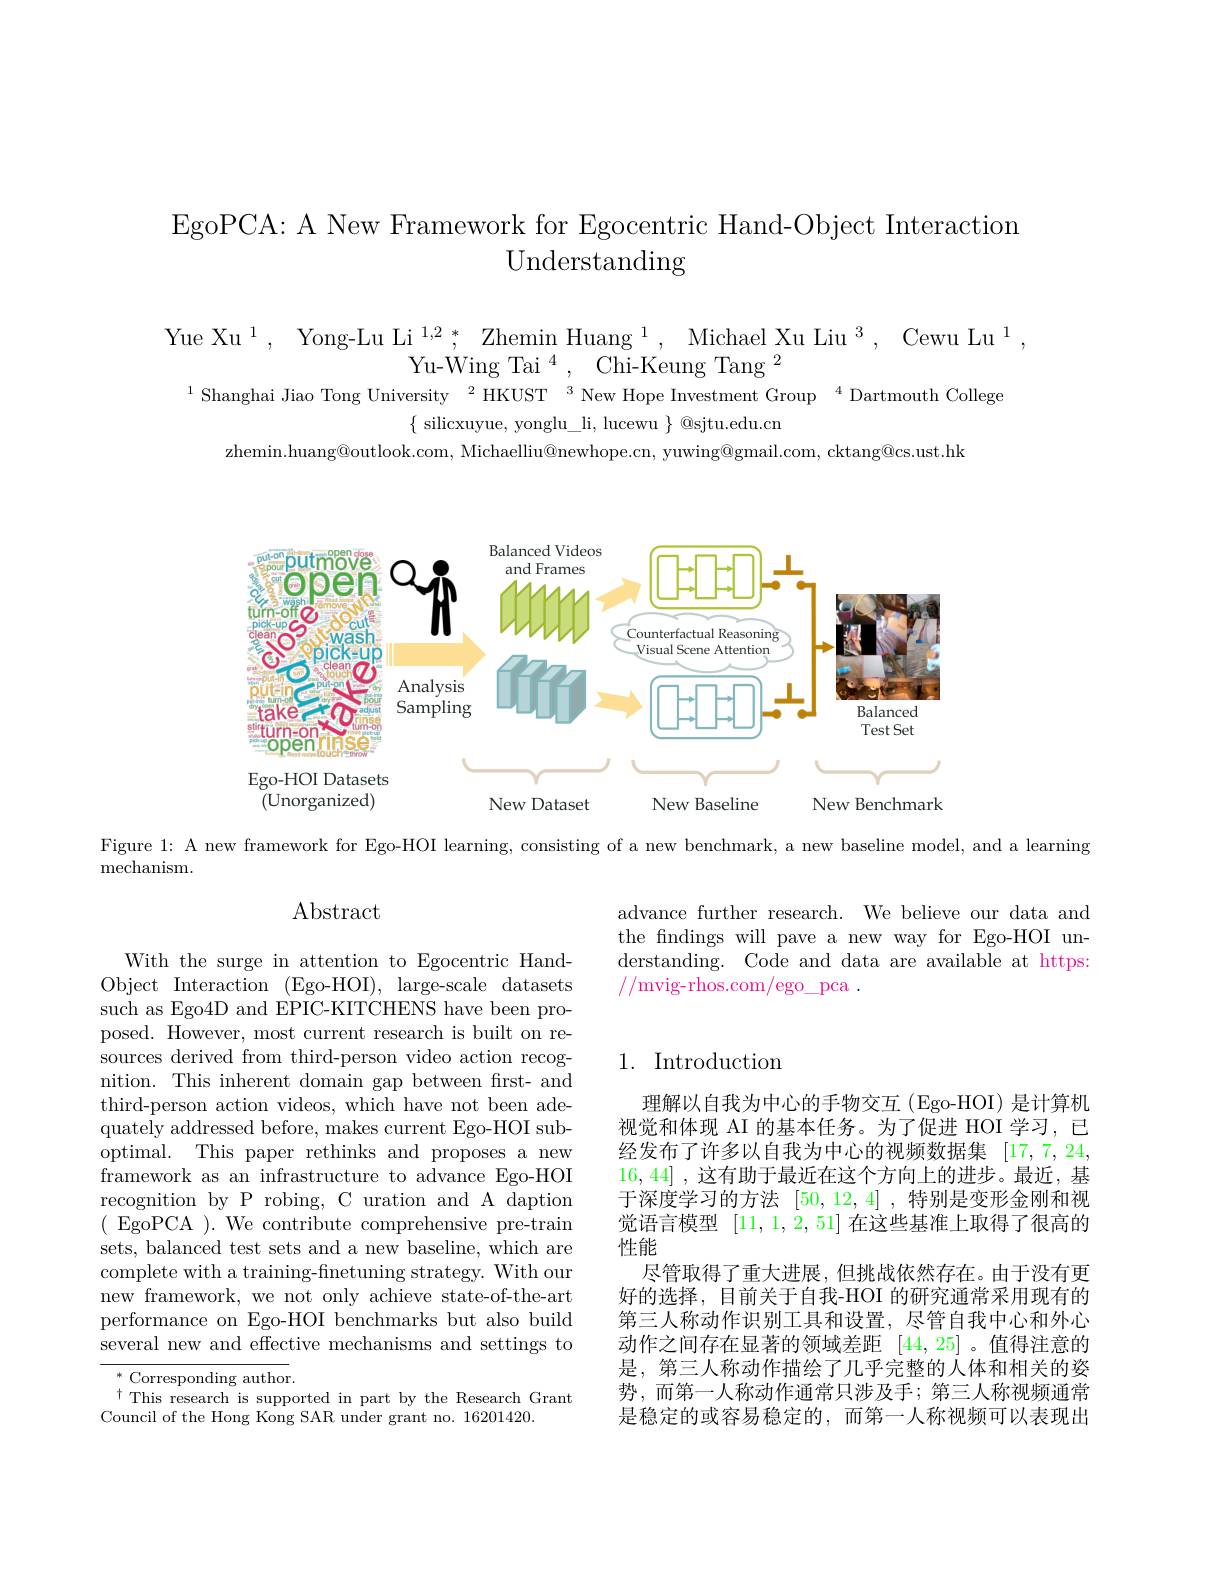
EgoPCA: A New Framework for Egocentric Hand-Object Interaction
Understanding

$\begin{array}{c}{\mathrm{Yue~Xu~}^{1},\:\mathrm{Yong-Lu~Li~}^{1,2\:*},\:\mathrm{Zhemin~Huang~}^{1},\:\mathrm{Michael~Xu~Liu~}^{3},\:\mathrm{Cewu~Lu~}^{1}}\\{\mathrm{Yu-Wing~Tai~}^{4},\:\mathrm{Chi-Keung~Tang~}^{2}}\\{^{1}\text{Shanghai Jiao Tong University}^{2}\mathrm{HKUST}^{3}\mathrm{New~Hope~Investment~Group~}^{4}\mathrm{Dartmouth~College}}\\{\{}\end{array}$

zhemin.huang@outlook.com, Michaelliu@newhope.cn, yuwing@gmail.com, cktang@cs.ust.hk

<FigureHere>

Figure 1: A new framework for Ego-HOI learning, consisting of a new benchmark, a new baseline model, and a learning

$\bar{\text{mechanism}}.$

$\operatorname{Abstract}$

advance further research. We believe our data and the fndings will pave a new way for Ego-HOI understanding. Code and data are available at https: //mvig-rhos.com/ego\_pca.

## 1. Introduction

With the surge in attention to Egocentric HandObject Interaction (Ego-HOI), large-scale datasets such as Ego4D and EPIC-KITCHENS have been proposed. However, most current research is built on resources derived from third-person video action recognition. This inherent domain gap between frst- and third-person action videos, which have not been adequately addressed before, makes current Ego-HOI suboptimal. This paper rethinks and proposes a new framework as an infrastructure to advance Ego-HOI recognition by P robing, C uration and A daption $({\mathrm{EgoPCA~}}).{\mathrm{~We~contribute~comprehensive~pre-train}}$ sets, balanced test sets and a new baseline, which are complete with a training-finetuning strategy. With our new framework, we not only achieve state-of-the-art performance on Ego-HOI benchmarks but also build several new and effective mechanisms and settings to

理解以自我为中心的手物交互(Ego-HOI)是计算机视觉和体现 AI 的基本任务。为了促进 HOI 学习，已经发布了许多以自我为中心的视频数据集 [17,7,24, 16,44] ,这有助于最近在这个方向上的进步。最近，基$\dot{\text{于 深 度 学 习 的 方 法 }}$ [50,12,4] ,特别是变形金刚和视觉语言模型[11,1,2,51]在这些基准上取得了很高的性能
尽管取得了重大进展，但挑战依然存在。由于没有更好的选择，目前关于自我-HOI 的研究通常采用现有的第三人称动作识别工具和设置，尽管自我中心和外心动作之间存在显著的领域差距[44,25] 。值得注意的是，第三人称动作描绘了几乎完整的人体和相关的姿势，而第一人称动作通常只涉及手；第三人称视频通常是稳定的或容易稳定的，而第一人称视频可以表现出

$^*$ Corresponding author.
$^{\dagger}$This research is supported in part by the Research Grant
Council of the Hong Kong SAR under grant no. 16201420.